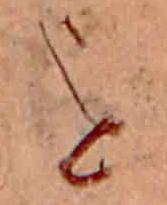
を